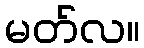
မတ်လ။